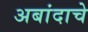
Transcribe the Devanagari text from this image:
अबांदाचे